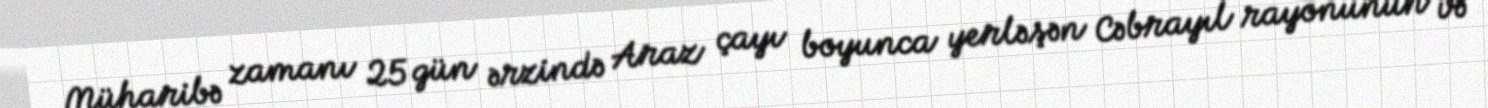
Müharibə zamanı 25 gün ərzində Araz çayı boyunca yerləşən Cəbrayıl rayonunun və